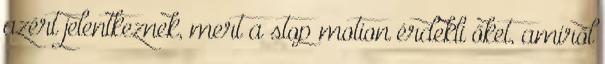
azért jelentkeznek, mert a stop motion érdekli őket, amiről